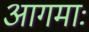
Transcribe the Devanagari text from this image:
आगमाः